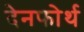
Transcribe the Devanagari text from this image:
देनफोर्थ